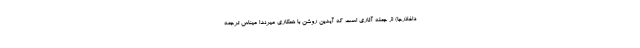
داغلارجا) از جمله آثاری است که آیدین روشن با همکاری میرندا میناس ترجمه